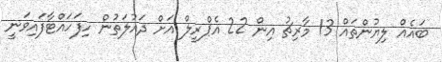
ބައެއް ލިޔުންތައް 13 މާރިޗު އިން 22 އެޕްރީލް އަށް ދައުލަތުން ހިފަހައްޓާފައިވަނީ